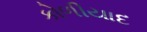
કોળીયાદ